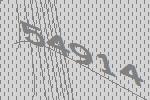
54914